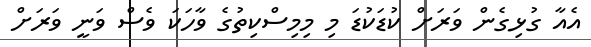
އެއާ ގުޅިގެން ވަރަށް ކުޑަކުޑަ މި މިމިސްކިތުގެ ވާހަކަ ވެސް ވަނީ ވަރަށް